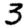
Digit: 3